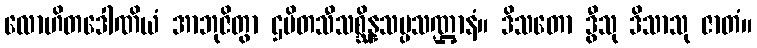
လောဟိတဒေါဏိယံ အာဘုဇိတွာ ဌပိတသီသစ္ဆိန္နသပ္ပသဏ္ဌာနံ။ ဒိသတော ဒွီသု ဒိသာသု ဇာတံ။